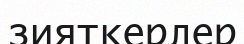
зияткерлер